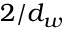
2 / d _ { w }